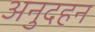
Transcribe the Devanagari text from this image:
अनुदहन